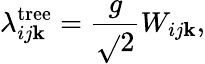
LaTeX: \lambda_{ij\mathbf{k}}^{\mathrm{{tree}}}=\frac{{g}}{{\sqrt{}{{2}}}}W_{ij\mathbf{k}},